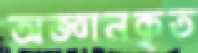
অজ্ঞানকৃত